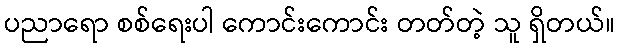
ပညာရော စစ်ရေးပါ ကောင်းကောင်း တတ်တဲ့ သူ ရှိတယ်။